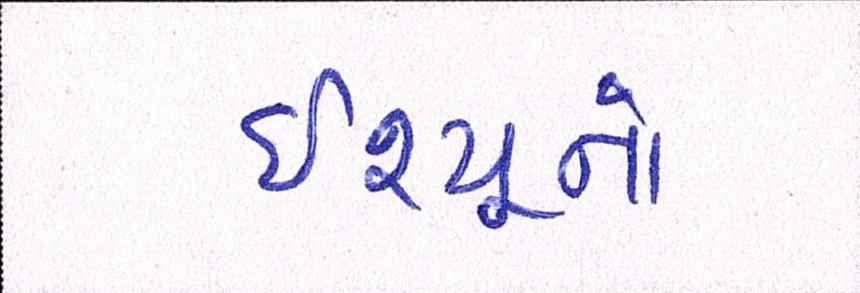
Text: ઇશ્યૂનો